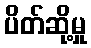
ပိတ်ဆို့မှု